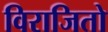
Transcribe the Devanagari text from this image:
विराजितो